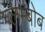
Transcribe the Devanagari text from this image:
प्लम्बोब